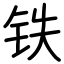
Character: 铁